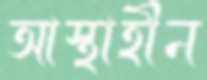
আস্থাহীন